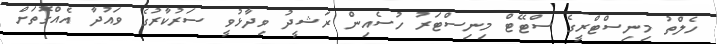
ހެލްތު މިނިސްޓްރީގެ ސްޓޭޓް މިނިސްޓަރު ހުސެއިން ރަޝީދު ވިދާޅުވީ ސަރުކާރުގެ ވައުދާ އެއްގޮތަށް